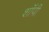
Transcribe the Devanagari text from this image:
शाॅपी